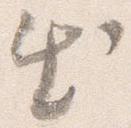
出